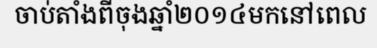
ចាប់តាំងពីចុងឆ្នាំ២០១៤មកនៅពេល